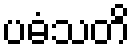
ပဓံသတိ